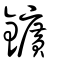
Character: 鑛